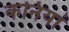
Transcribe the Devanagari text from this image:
कनियां